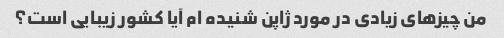
من چیزهای زیادی در مورد ژاپن شنیده ام آیا کشور زیبایی است؟